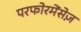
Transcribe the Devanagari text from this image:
परफोरमेंसेज़